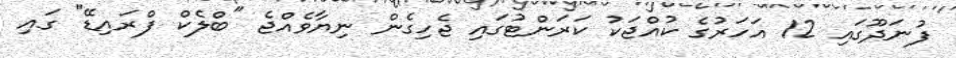
ފުނަދޫގައި 12 އަހަރުގެ ކުއްޖަކު ކަރަންޓުގައި ޖެހިގެން ނިޔާވެއްޖެ "ބްލެކް ފްރައިޑޭ" ގައި